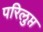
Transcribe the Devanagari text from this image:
परिलुप्त